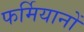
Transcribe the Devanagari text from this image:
फर्मियानों